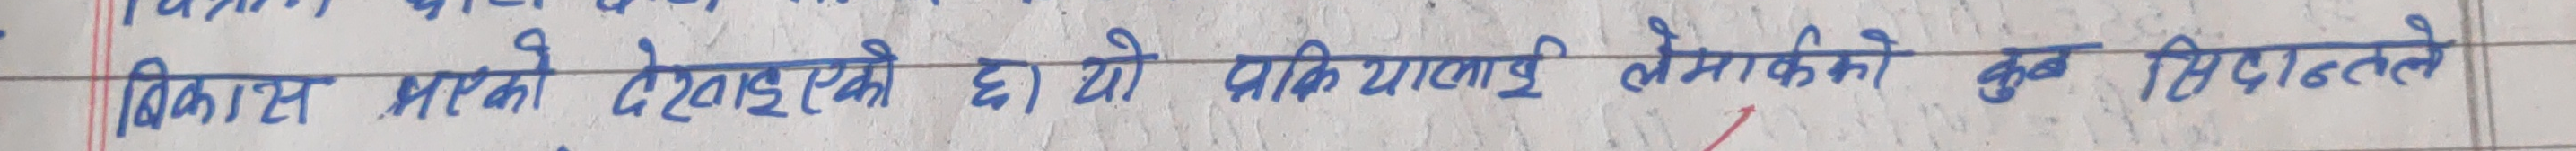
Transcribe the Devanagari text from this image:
विकास भएसको हो यो ताकि लेखकको कुब सिद्धान्तले